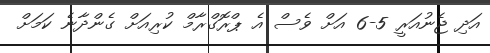
އަދި ޖެނުއަރީ 5-6 އަށް ވެސް އެ ޕްރޮގްރާމް ކުރިއަށް ގެންދާނެ ކަމަށް